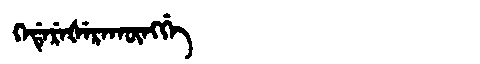
Manchu: ᡴᡝᡩᡝᡵᡝᡧᡝᡵᠠᡴᡡᠩᡤᡝ
Romanization: KEDEREŠERAKŪNGGE